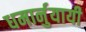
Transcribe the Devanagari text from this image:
धमार्नुयायी